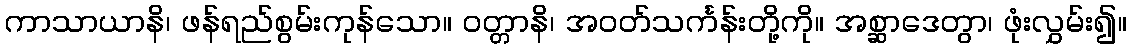
ကာသာယာနိ၊ ဖန်ရည်စွမ်းကုန်သော။ ဝတ္တာနိ၊ အဝတ်သင်္ကန်းတို့ကို။ အစ္ဆာဒေတွာ၊ ဖုံးလွှမ်း၍။